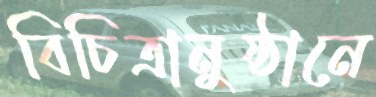
বিচিত্রানুষ্ঠানে